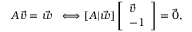
\begin{array} { r } { A \vec { v } = \vec { w } \ \ \Longleftrightarrow [ A | \vec { w } ] \left[ \begin{array} { l } { \vec { v } } \\ { - 1 } \end{array} \right] = \vec { 0 } , } \end{array}